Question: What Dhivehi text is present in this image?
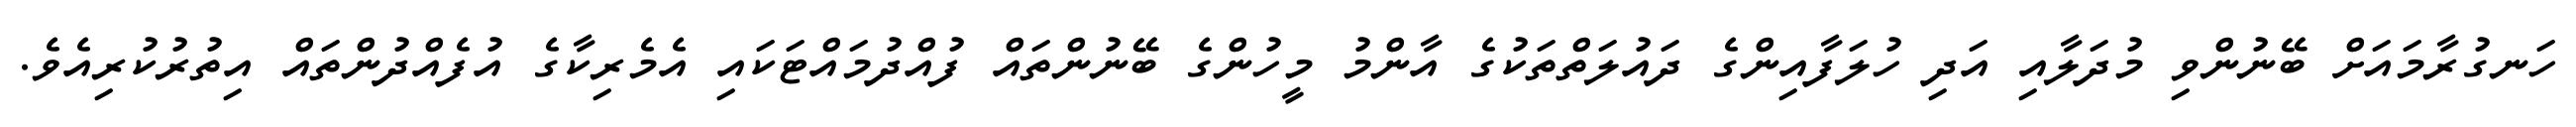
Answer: ހަނގުރާމައަށް ބޭނުންވި މުދަލާއި އަދި ހުލަފާއިންގެ ދައުލަތްތަކުގެ އާންމު މީހުންގެ ބޭނުންތައް ފުއްދުމައްޓަކައި އެމެރިކާގެ އުފެއްދުންތައް އިތުރުކުރިއެވެ.